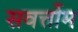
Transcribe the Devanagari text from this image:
सवर्त्तोम